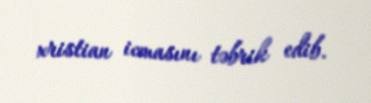
xristian icmasını təbrik edib.